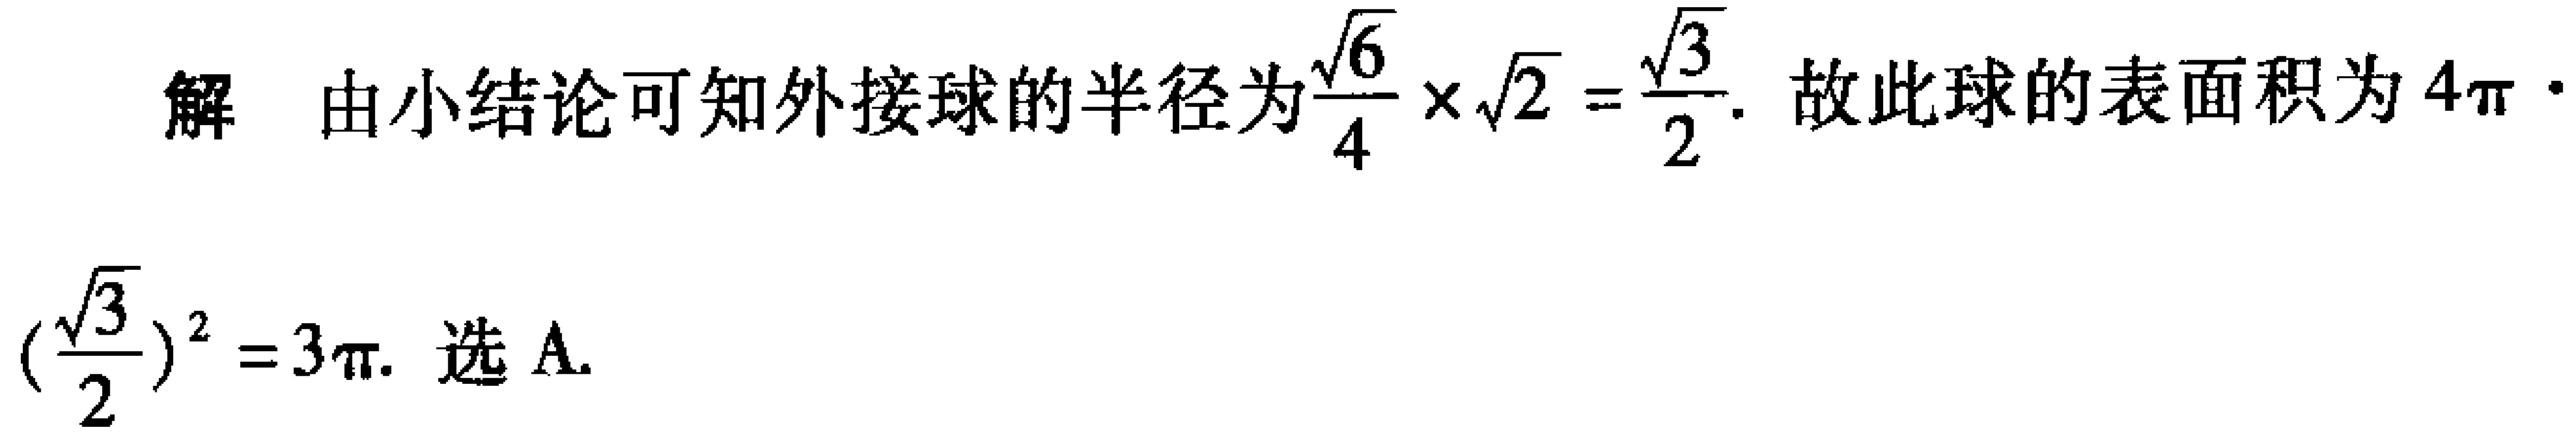
解 由小结论可知外接球的半径为$\frac{\sqrt{6}}{4} \times \sqrt{2}=\frac{\sqrt{3}}{2}$. 故此球的表面积为$4\pi \cdot (\frac{\sqrt{3}}{2})^{2}=3\pi$. 选 A.